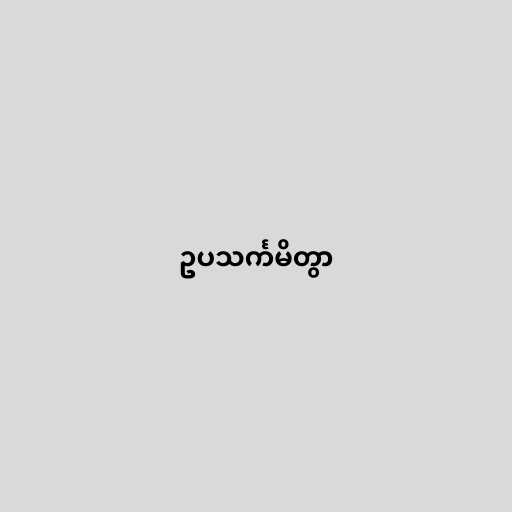
ဥပသင်္ကမိတွာ